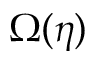
\Omega ( \eta )